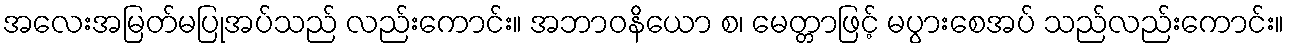
အလေးအမြတ်မပြုအပ်သည် လည်းကောင်း။ အဘာဝနိယော စ၊ မေတ္တာဖြင့် မပွားစေအပ် သည်လည်းကောင်း။